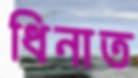
ধিনাত